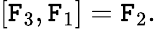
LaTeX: [\mathtt{F}_{3},\mathtt{F}_{1}]=\mathtt{F}_{2}.